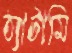
ঠ্যাটামি